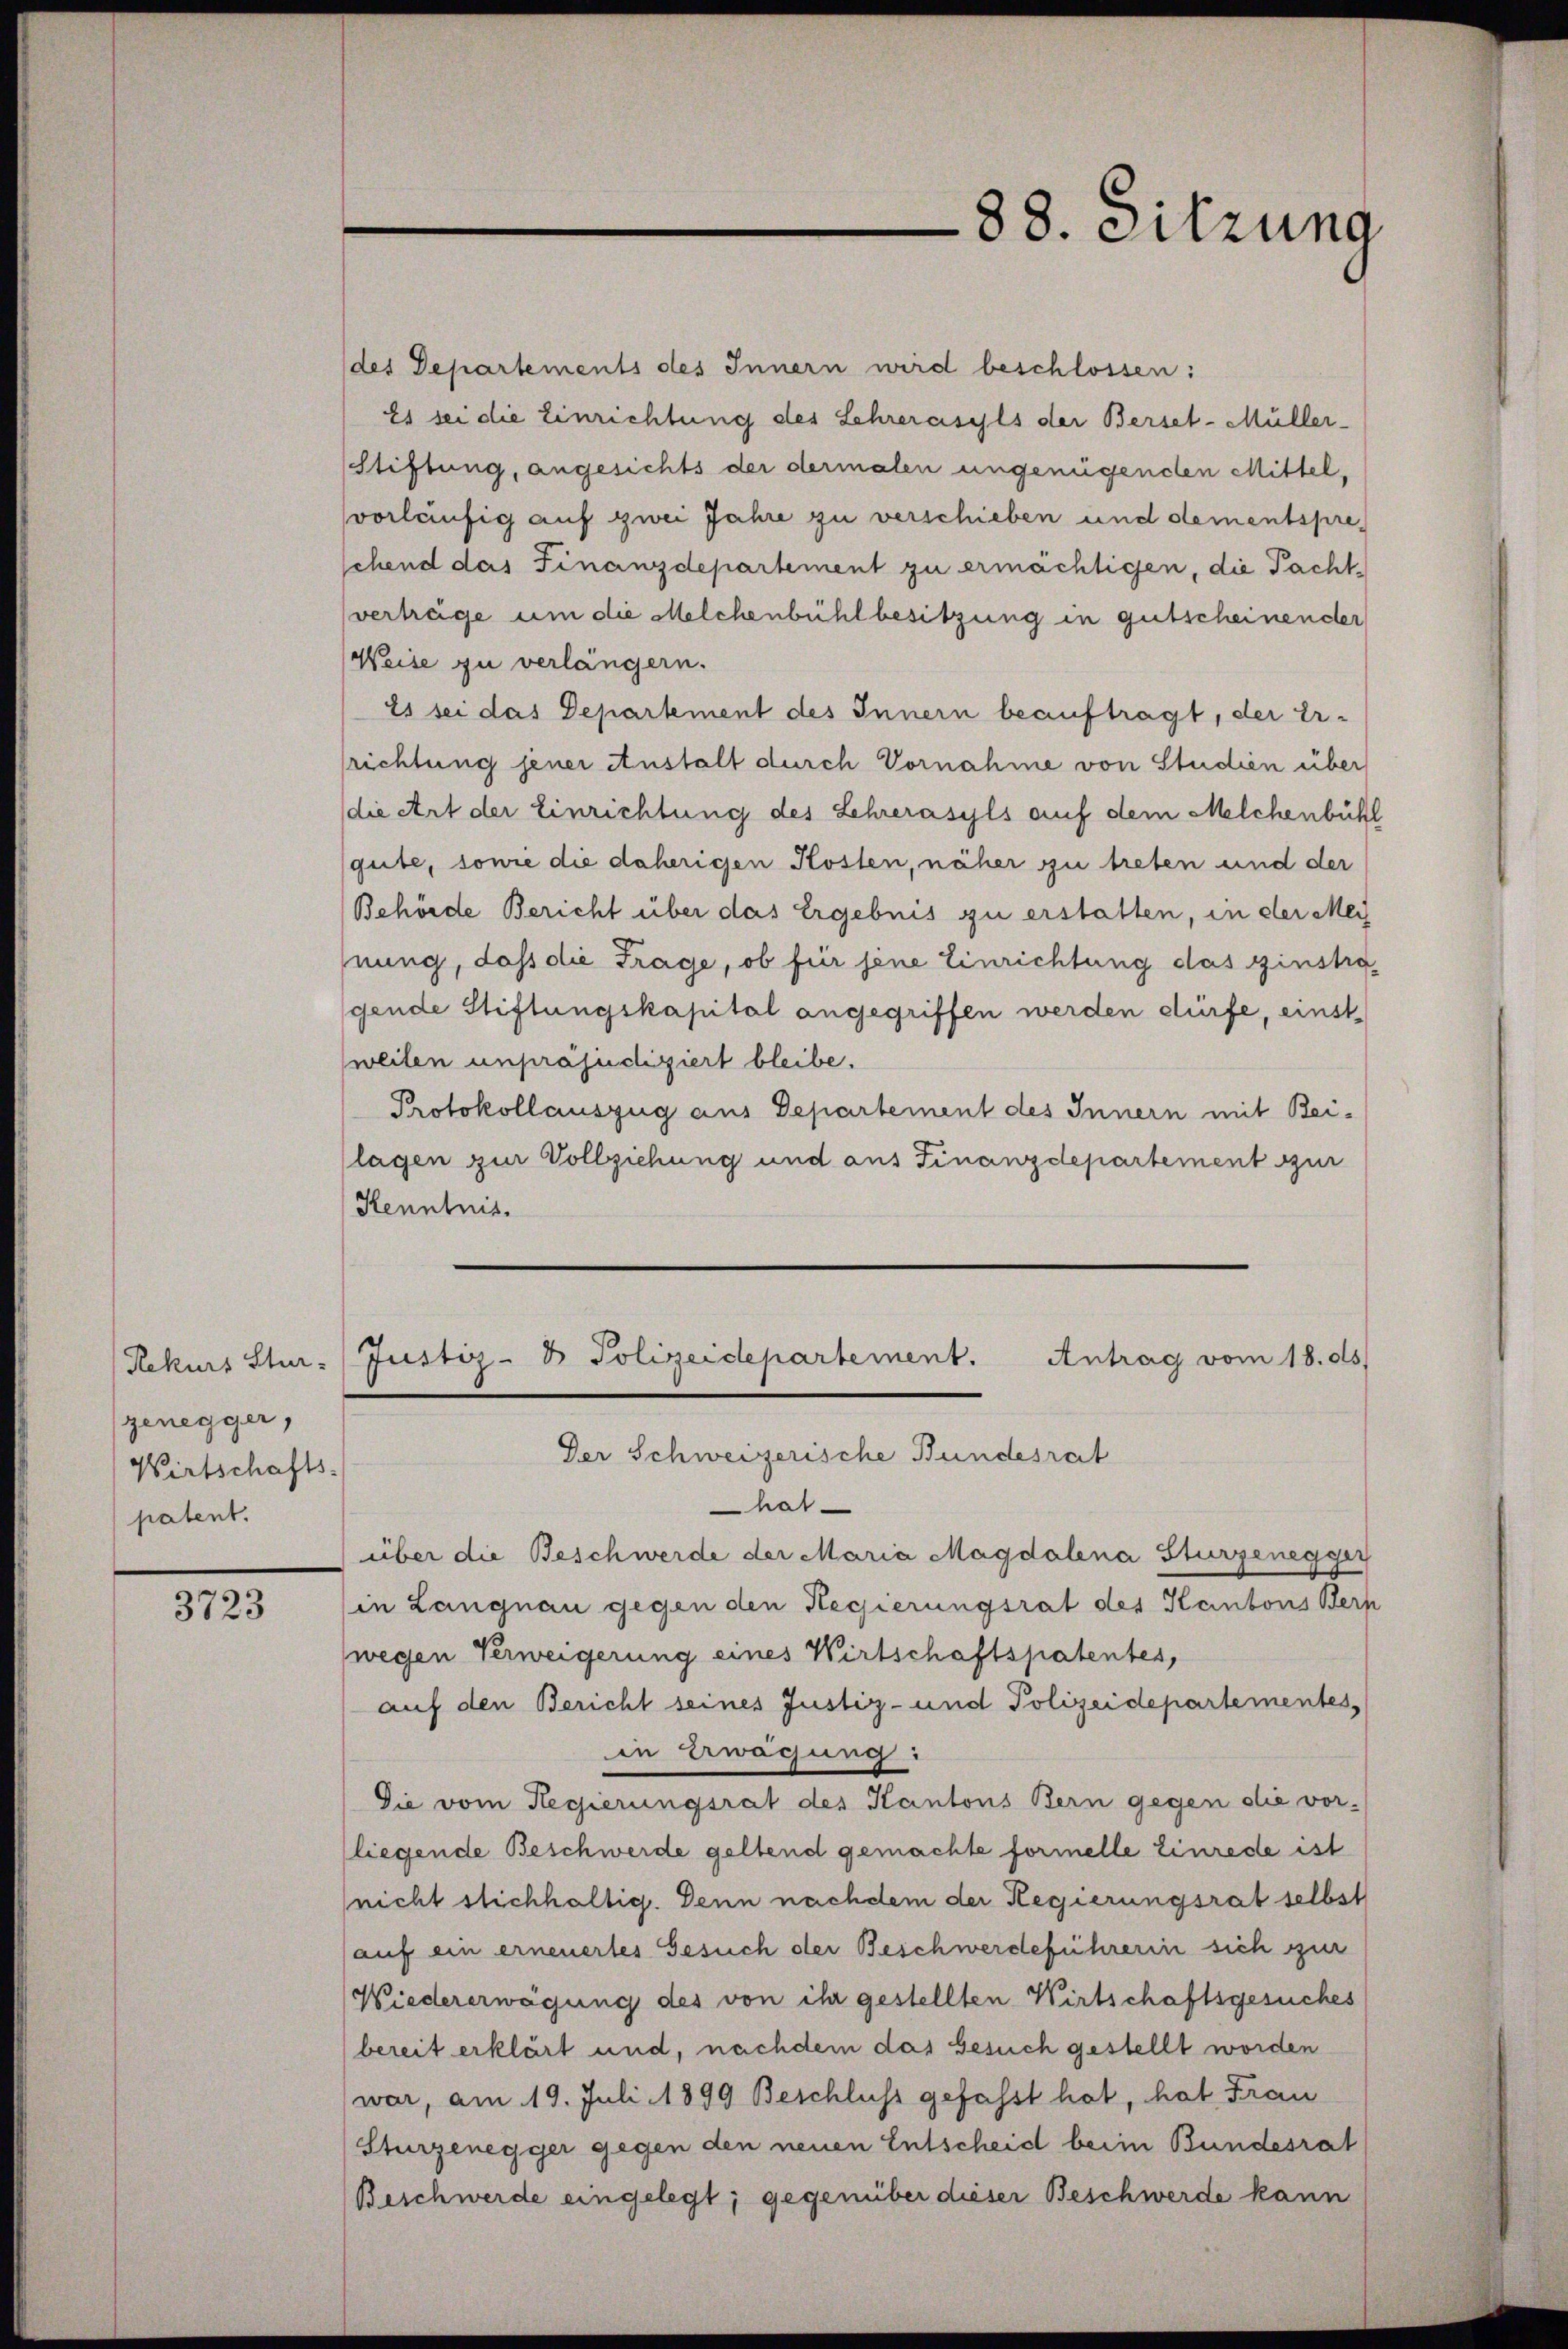
genegger,
Wirtschafts-
patent.

3723

(des Departements des Innern wird beschlossen:
Es sei die Einrichtung des Lehrerasyls der Berset-Müller-
Stiftung, angesichts der dermalen ungenügenden Mittel,
vorläufig auf zwei Jahre zu verschieben und dementspreschend das Finanzdepartement zu ermächtigen, die Pachtverträge um die Melchenbühlbesitzung in gutscheinender
Weise zu verlängern.
21 sei das Departement des Innern beauftragt, der Er-
srichtung jener Anstalt durch Vornahme von Studien über
die Art der Einrichtung des Lehrerasyls auf dem Melchenbühl
gute, sowie die daherigen Kosten, näher zu treten und der
Behörde Bericht über das Ergebnis zu erstatten, in der Mey
nung, dass die Frage, ob für jene Einrichtung das zinstragende Stiftungskapital angegriffen werden dürfe, einst
weilen unpräjudiziert bleibe.
Protokollauszug aus Departement des Innern mit Bei-
(lagen zur Vollziehung und aus Finanzdepartement zur
Kenntnis.

88. Sitzung

Rekurs Stur- (Justiz- & Polizeidepartement. Antrag vom 18. ds.

Der Schweizerische Bundesrat
hat
über die Beschwerde der Maria Magdalena Sturzenegger
in Langnau gegen den Regierungsrat des Kantons Bern
wegen Verweigerung eines Wirtschaftspatentes,
auf den Bericht seines Justiz- und Polizeidepartementes,
in Bewächung:
Die vom Regierungsrat des Kantons Bern gegen die vor-
(liegende Beschwerde geltend gemachte formelle Einrede ist
(nicht stichhaltig. Denn nachdem der Regierungsrat selbst
(auf ein erneuertes Gesuch der Beschwerdeführerin sich zur
Wiedererwägung des von ihr gestellten Wirtschaftsgesuches
bereit erklärt und, nachdem das Gesuch gestellt worden
(war, am 19. Juli 1899 Beschluss gefasst hat, hat Frau
Sturzenegger gegen den neuen Entscheid beim Bundesrat
Beschwerde eingelegt; gegenüber dieser Beschwerde kann